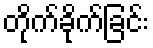
တိုက်ခိုက်ခြင်း